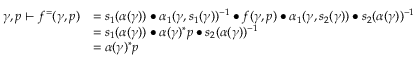
\begin{array} { r l } { \gamma , p \vdash f ^ { = } ( \gamma , p ) } & { = s _ { 1 } ( \alpha ( \gamma ) ) \bullet \alpha _ { 1 } ( \gamma , s _ { 1 } ( \gamma ) ) ^ { - 1 } \bullet f ( \gamma , p ) \bullet \alpha _ { 1 } ( \gamma , s _ { 2 } ( \gamma ) ) \bullet s _ { 2 } ( \alpha ( \gamma ) ) ^ { - 1 } } \\ & { = s _ { 1 } ( \alpha ( \gamma ) ) \bullet \alpha ( \gamma ) ^ { * } p \bullet s _ { 2 } ( \alpha ( \gamma ) ) ^ { - 1 } } \\ & { = \alpha ( \gamma ) ^ { * } p } \end{array}